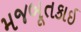
મજબૂતકાઇ